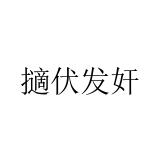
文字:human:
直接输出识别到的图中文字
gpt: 擿伏发奸